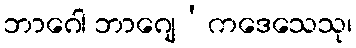
ဘာဂေါ ဘာဂျေ’ကဒေသေသု၊